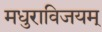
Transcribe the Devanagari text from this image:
मधुराविजयम्